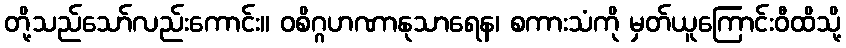
တို့သည်သော်လည်းကောင်း။ ဝစိဂ္ဂဟဏာနုသာရေန၊ စကားသံကို မှတ်ယူကြောင်းဝီထိသို့